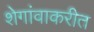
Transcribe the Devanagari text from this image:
शेगांवाकरीत